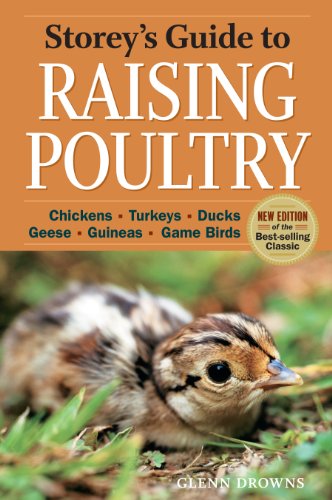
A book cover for Storey's Guide to Raising Poultry, 4th Edition: Chickens, Turkeys, Ducks, Geese, Guineas, Gamebirds; Glenn Drowns; Medical Books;